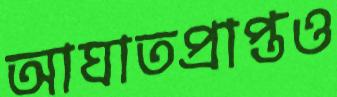
আঘাতপ্রাপ্তও